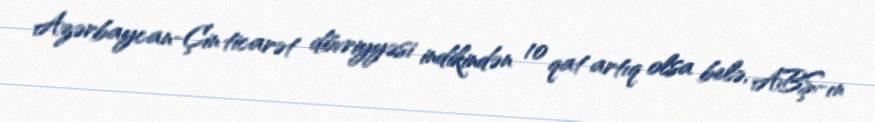
Azərbaycan-Çin ticarət dövriyyəsi indikindən 10 qat artıq olsa belə, ABŞ-ın